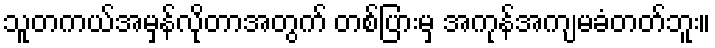
သူတကယ်အမှန်လိုတာအတွက် တစ်ပြားမှ အကုန်အကျမခံတတ်ဘူး။